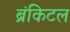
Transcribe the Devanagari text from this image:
ब्रंकिटल